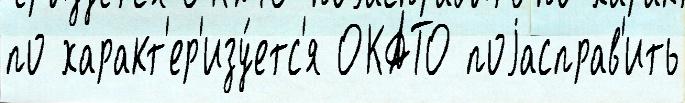
по характ'ер'изу́етс'я ОКАТО поjасправ'ить